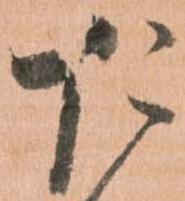
た